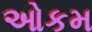
ઓકમ